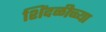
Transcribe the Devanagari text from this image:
शिंदळीच्च्या